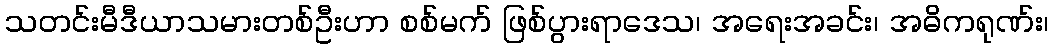
သတင်းမီဒီယာသမားတစ်ဦးဟာ စစ်မက် ဖြစ်ပွားရာဒေသ၊ အရေးအခင်း၊ အဓိကရုဏ်း၊